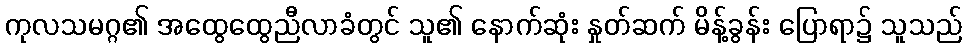
ကုလသမဂ္ဂ၏ အထွေထွေညီလာခံတွင် သူ၏ နောက်ဆုံး နှုတ်ဆက် မိန့်ခွန်း ပြောရာ၌ သူသည်